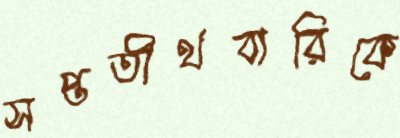
সপ্ততীর্থবারিকে